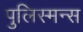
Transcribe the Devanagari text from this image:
पुलिस्मन्स